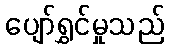
ပျော်ရွှင်မှုသည်